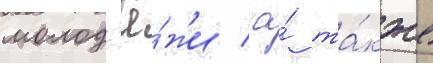
молод'ё́жи / а́ та́кже